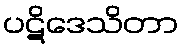
ပဋိဒေသိတာ